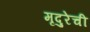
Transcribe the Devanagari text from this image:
मृदुरेची